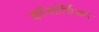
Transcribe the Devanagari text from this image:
कॉन्सोर्सिअम